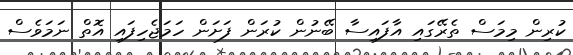
ކުރިން މިމަސް ތެރޭގައި އާފައިސާ ބޭނުން ކުރަން ފަށަން ހަމަޖެހިފައި އޮތް ނަމަވެސް